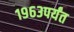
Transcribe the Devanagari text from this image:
१९६३पर्यंत